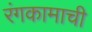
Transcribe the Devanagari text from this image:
रंगकामाची